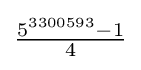
{\tfrac {5^{3300593}-1}{4}}